Medical and sanitary report of the native army of Madras for the year
Year: 1875
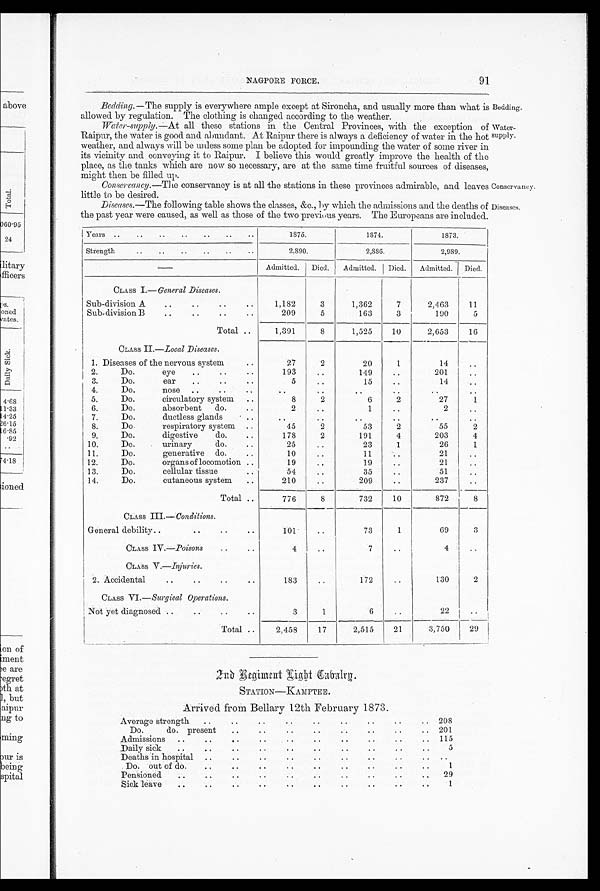
NA GP 0 RE FORCE.
91
Bedding.—The supply is everywhere ample except at Sironcha, and usually more than what is Bedding.
allowed by regulation. The clothing is changed according to the weather.
Wa r ter-supply.
all these stations in the Central Provinces, with the exception of water-
itiaipm', the water 18 good and abundant. At Raipur there is always a deficiency of water in the hot suPPIY.
weather, and always will be unless some plan be adopted for impel-aiding the water of some river in
its vicinity and conveying it to ILaipm-. I believe this would greatly improve the health of the
place, as the tanks which are now so necessary, are at the same time fruitful sources of diseases,
might then be filled up.
Conwrcancy.—The conservancy is at all the stations in these provinces admirable, and leaves Conservancy.
little to be desired.
Diseases.—The following table shows the classes, &c., Ly which the admissions and the deaths of Diseases.
the past year were caused, as well as those of the two previ,us years. The Europeans are included.
1875.
1374.
1873.
2,890.
2,886.
2,989.
Admitted.
Died.
Admitted. I Died.
Admitted. I Died.
Years .
Strength
above
E-c-+
)60'95
24
litary-
fficers-
)s.
oned
rates.
CLASS 1.—General Diseases.
Sub-division A
Sub-division B
Total ..
GrjAss M.— Conditions.
General debility..
CLASS IV.—Poisons
CLASS V .—Injuries.
2. Accidental
CLASS VI.—Surgical Operations.
Not yet diagnosed ..
Total ..
2.
3.
4.
4.68
5.
1 1.33
6.
1 4.25
7.
26.15
1 6.35
•92
8.
9.
10.
11.
4•18
12.
1 3.
14.
ioned
CLASS IL—Local Diseases.
1. Diseases of the nervous system
Do.
eye
• '
Do.
ear
Do.
nose
..
..
Do.
circulatory system
Do.
absorbent do.
Do.
ductless glands
Do.
respiratory system
Do.
digestive
do.
Do.
urinary
do.
Do.
generative do.
Do.
organs of locomotion
Do.
cellular tissue
Do.
cutaneous system
Total •
1,182
3
1,362
7
2,463
209
5
163
3
190
1,391
8
1,525
10
2,653
27
2
20
1
14
193
149
201
5
15
14
..
. .
8
2
6
2
27
2
1
2
..
..
..
..
45
2
53
2
55
178
2
191
4
203
25
23
1
26
10
11
21
19
19
21
54
35
51
210
209
237
776
8
732
10
872
101'
73
1
69
4
7
4
183
172
130
3
1
6
22
2,458
17
2,515
21
3,750
11
5
16
1
..
2
4
1
8
3
2
29
on of
u neat
,e are
egret
)th. at
1, but
aipur
ng to
ming
nu is
being
spital
2nb Pgiment Xi* Gab-atril.
STATION—KAMPTEE.
Arrived from Bellary 12th February 1873.
Average strength
..
.. 208
Do.
do. present
.. 201
Admissions
..
.
.
• .
115
Daily sick
..
.
.
5
Deaths in hospital
.
..
Do. out of do.
.
..
1
Pensioned
• 4
.
,
29
Sick leave
• .
.
..
1